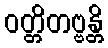
ဝတ္တိတဗ္ဗန္တိ